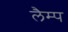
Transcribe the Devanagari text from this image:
लैम्‍प